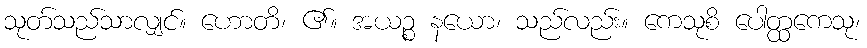
သုတ်သည်သာလျှင်။ ဟောတိ၊ ၏။ အယဉ္စ နယော၊ သည်လည်း။ ကေသုစိ ပေါတ္ထကေသု၊